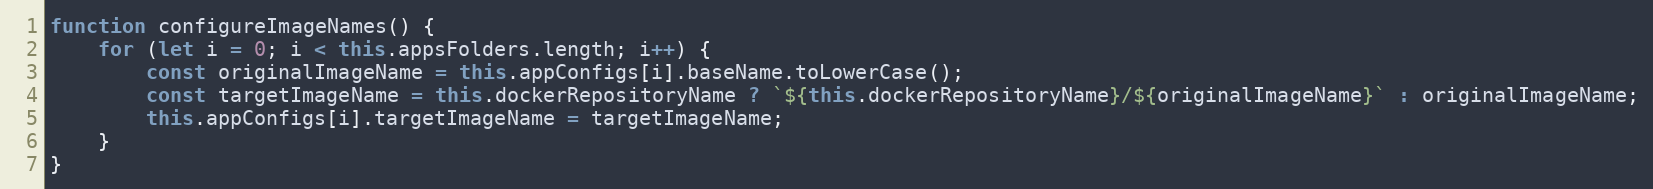
Language: JavaScript
function configureImageNames() {
    for (let i = 0; i < this.appsFolders.length; i++) {
        const originalImageName = this.appConfigs[i].baseName.toLowerCase();
        const targetImageName = this.dockerRepositoryName ? `${this.dockerRepositoryName}/${originalImageName}` : originalImageName;
        this.appConfigs[i].targetImageName = targetImageName;
    }
}